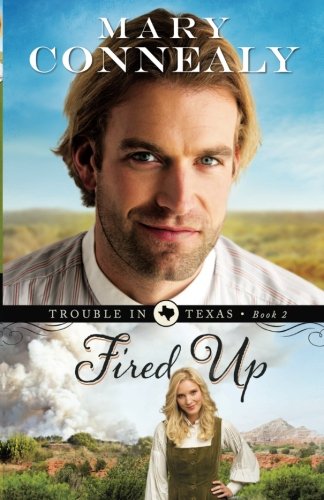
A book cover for Fired Up (Trouble in Texas) (Volume 2); Mary Connealy; Romance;